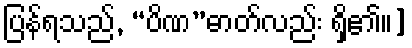
ပြန်ရသည်, “ပိဏ”ဓာတ်လည်း ရှိ၏။]